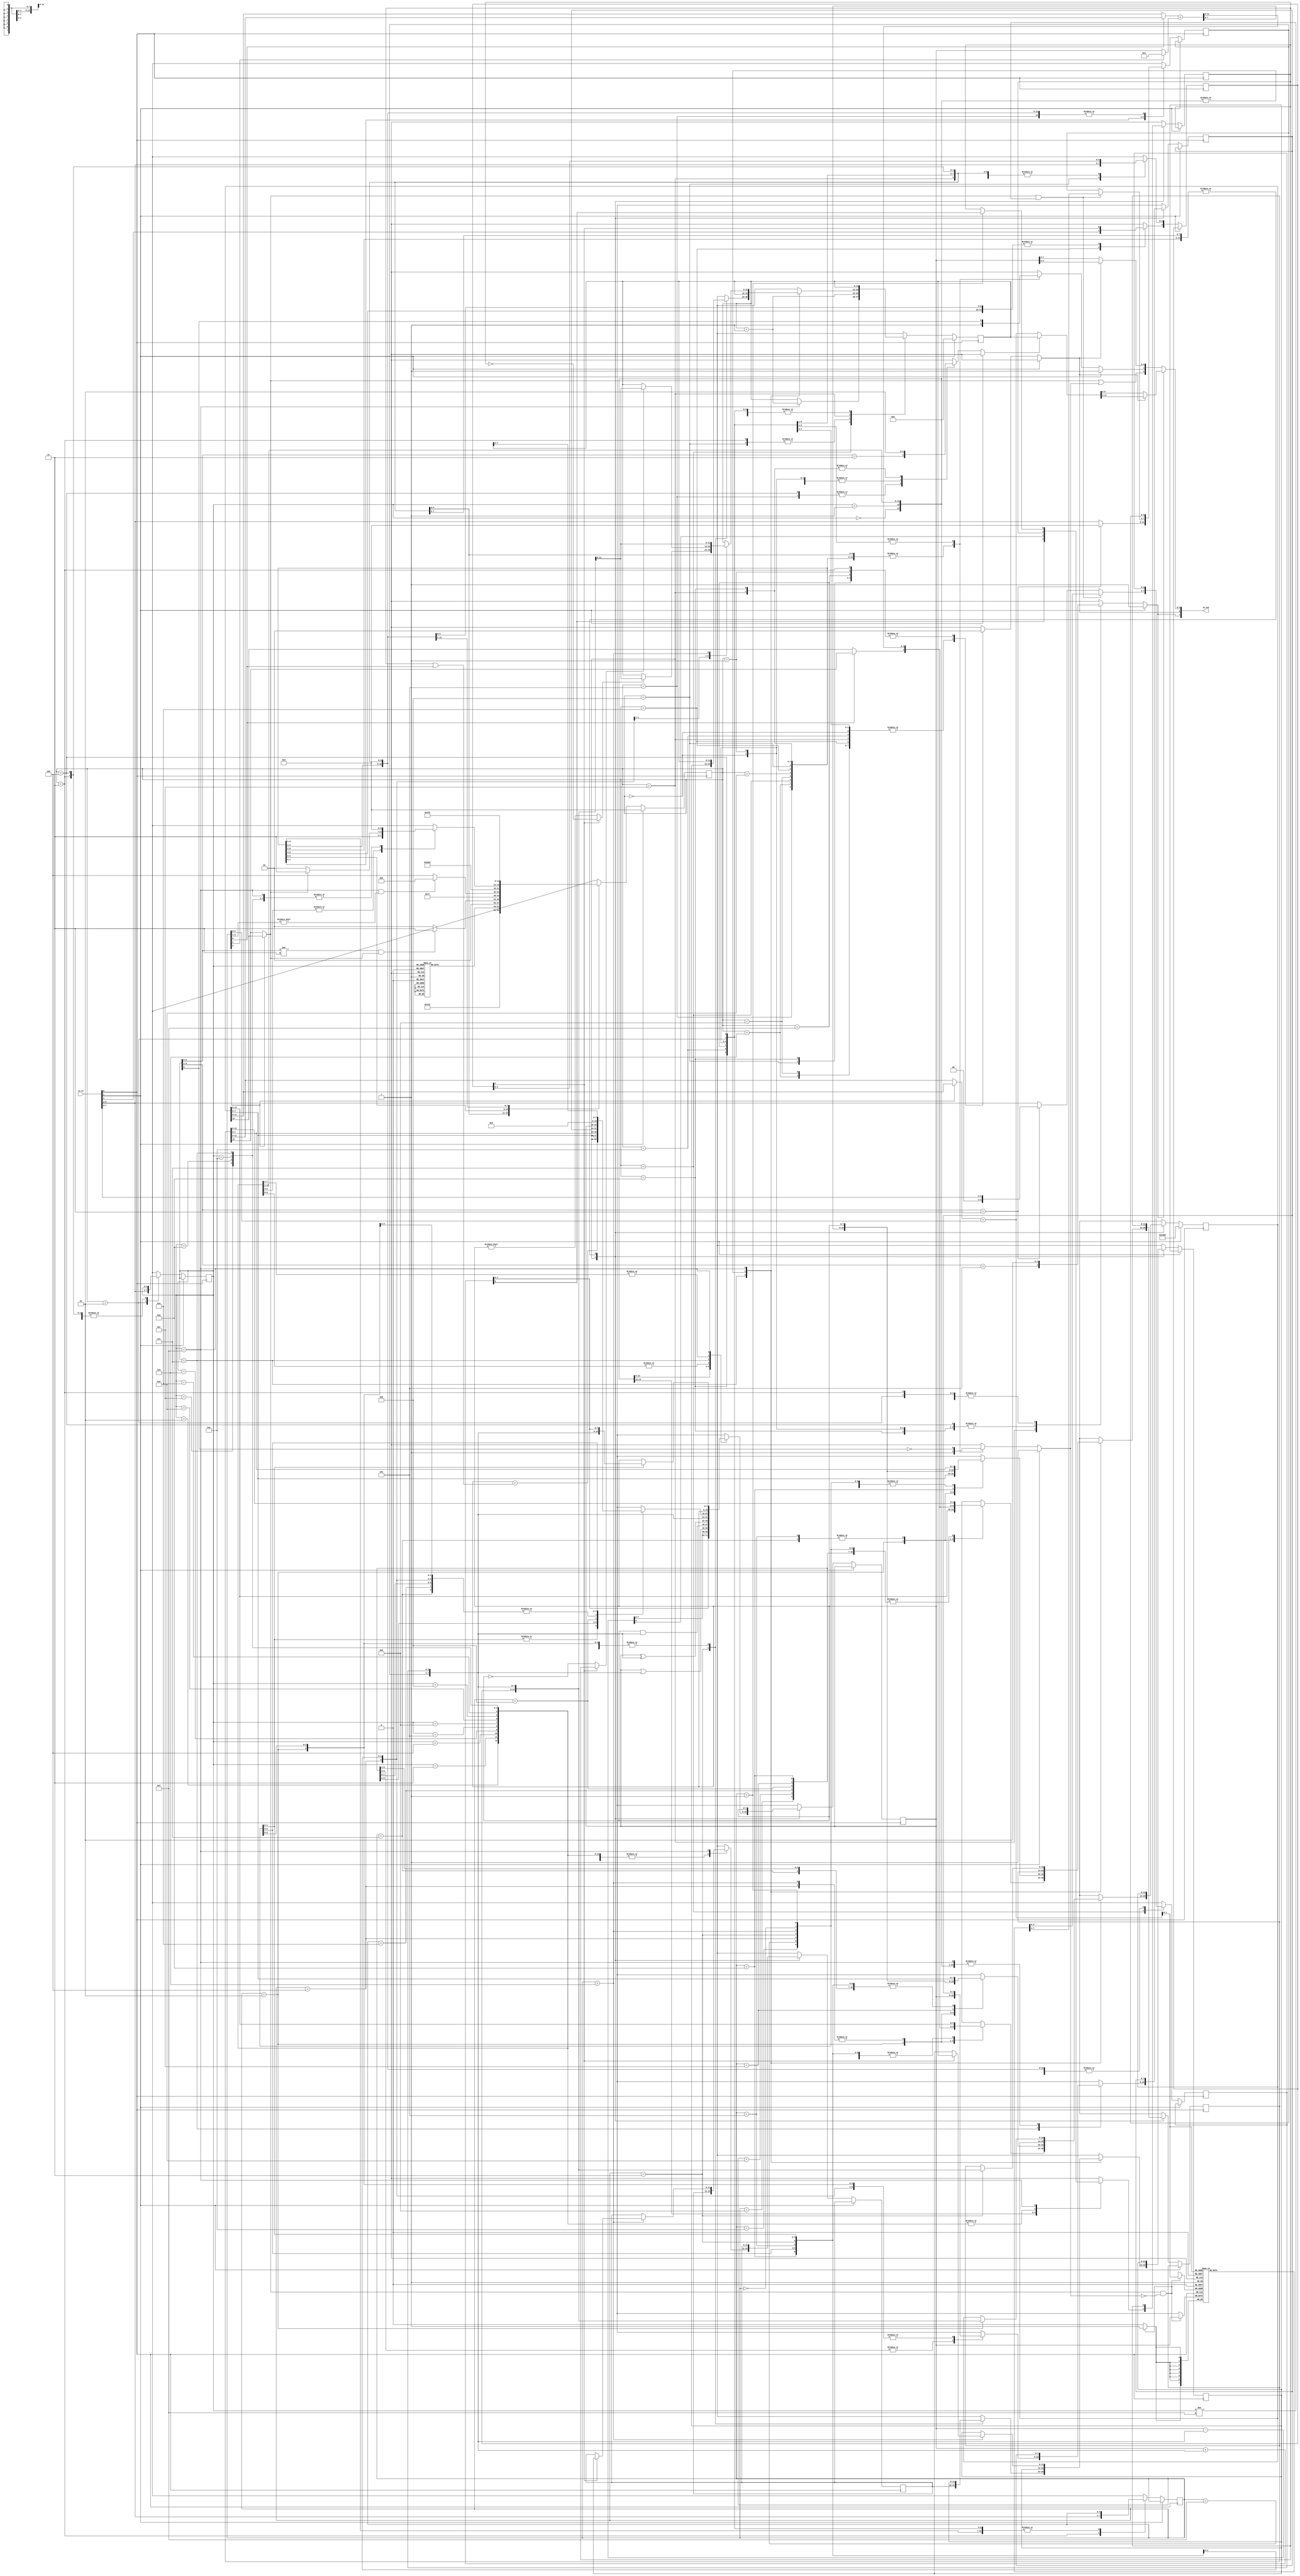
module moonbase_cpu_8bit #(parameter MAX_COUNT=1000) (input [7:0] io_in, output [7:0] io_out);
   
	//
	//	External interface
	//
	//	external address latch
	//		the external 12 bit address latch is loaded [5:0] from io_out[5:0] when io_out[7:6] is 10
	//		the external 12 bit address latch is loaded [11:6] from io_out[5:0] when io_out[7:6] is 11
	//	external SRAM (eg MWS5101AEL3) when io_out[7] is 0
	//	    which nibble is from io_out[6]
	//		the external RAM always produces what is at the latch's addresses on io_in[5:2] when 
	//		the external SRAM is written when io_out[7] is 0 and io_out[5] is 0
	//		io_out[6] can be used as an extra address bit to split the address space between
	//			code (1) and data (0) to use a 256-nibble sram (woot!)
	//  external devices when io_out[7] is 0:
	//	    which nibble is from io_out[6]
	//		external devices can be read from io_in[7:6] (at address pointed to by the address latch)
	//		external devices can be written from io_out[3:0] (at address pointed to by the address latch)
	//			when io_out[4] is 0
	//
	//	SRAM address space (data accesses):
	//		0-0xfff	   external
	//		0x1000-131 internal	(internal ram cells, for filling up the die :-)
	//

	localparam N_LOCAL_RAM = 4;
     
    wire clk			= io_in[0];
    wire reset			= io_in[1];
    wire [3:0]ram_in	= io_in[5:2];
    wire [1:0]data_in	= io_in[7:6];
    
    reg       strobe_out;	// address strobe		- designed to be wired to a 7 bit latch and a MWS5101AEL3
	reg		  nibble;	    // address/data nibble
    reg       write_data_n;	// write enable for data
    reg       write_ram_n;	// write enable for ram
    reg	      addr_pc;
	wire [11:0]data_addr = ((r_v[3]?r_y[11:0]:r_x[11:0])+{8'b000, r_v[2:0]});
	wire	  is_local_ram = (r_v[3]?r_y[12]:r_x[12]);
	wire	  write_local_ram = is_local_ram & !write_ram_n;
	wire	  write_ext_ram_n = is_local_ram | write_ram_n;
	wire [$clog2(N_LOCAL_RAM)-1:0]local_ram_addr = data_addr[$clog2(N_LOCAL_RAM)-1:0];
    wire [11:0]addr_out = addr_pc ? r_pc : data_addr;							// address out mux (PC or X/Y+off)
    wire [5:0]addr_out_mux = (nibble?addr_out[11:6]:addr_out[5:0]);			// mux-d by portion
    assign    io_out   = {strobe_out, nibble, strobe_out? addr_out_mux : {write_ext_ram_n, write_data_n, !nibble?r_a[7:4]:r_a[3:0]}};  // mux address and data out

    reg  [11:0]r_pc, c_pc;	// program counter	// actual flops in the system 
    reg  [12:0]r_x,  c_x;	// x index register	// by convention r_* is a flop, c_* is the combinatorial that feeds it
    reg  [12:0]r_y,  c_y;	// y index register
    reg  [7:0]r_a,  c_a;	// accumulator
    reg  [7:0]r_b,  c_b;	// temp accumulator
    reg       r_c,  c_c;	// carry flag
    reg  [3:0]r_h,  c_h;	// operand temp (high)
    reg  [3:0]r_l,  c_l;	// operand temp (low)
	reg  [4:0]r_ee, c_ee;	// extended const (bits 12:4)
    reg  [3:0]r_v,  c_v;	// operand temp (low)
	reg  [11:0]r_s0, c_s0;	// call stack
	reg  [11:0]r_s1, c_s1;

    //
    //	phase:
    //		0 - instruction fetch addr
    //		1 - instruction fetch dataL		ins
    //		2 - instruction fetch dataH		V
    //		4 - data/const fetch addr		
    //		5 - data/const fetch dataL		tmp
    //		6 - data/const fetch dataH		tmp2
    //		8 - execute/data store addr
    //		9 - data store dataL (might not do this)
    //		a - data store dataH (might not do this)
    //
    reg [3:0]r_phase, c_phase;	// CPU internal state machine

    // instructions
	//
	//	Registers:  a,b 8 bit, x,y 13 bits, pc 12 bits
    //
    //  0v:		add a, v(x/y)	- sets C
    //  1v: 	sub a, v(x/y)	- sets C
    //  2v:		or  a, v(x/y)
    //  3v:		and a, v(x/y)
    //  4v:		xor a, v(x/y)
    //  5v:		mov a, v(x/y)
    //  6v:		movd a, v(x/y)
    //	70:		add a, c
    //	71:		inc a
    //  72:		swap x, y
    //	73:		ret
	//  74:		add y, a
    //	75:		add x, a
	//  76:		inc y
	//  77:		inc x
	//	78:		mov a, y
	//	79:		mov a, x
	//	7a:		mov b, a
	//	7b:		swap b, a
	//	7c:		mov y, a
	//	7d:		mov x, a
	//	7e:		clr a
	//	7f:		mov a, pc
	//	8v:		nop
	//	9v:		nop
    //  av:		movd v(x/y), a
    //  bv:		mov  v(x/y), a
	//	cv:		nop
	//	dv:		nop
	//	ev:		nop
    //	f0 HL:	mov a, #HL
    //  f1 HL:	add a, #HL
    //  f2 HL:	mov y, #EELL
    //  f3 HL:	mov x, #EEHL
    //  f4 HL:	jne a/c, EEHL	if EE[4] then test c otherwise test a
    //  f5 HL:	jeq a/c, EEHL	if EE[4] then test c otherwise test a
    //  f6 HL:	jmp/call EEHL   if EE[4] call else jmp
	//	f7 HL:	nop
    //
    //  Memory access - addresses are 7 bits - v(X/y) is a 3-bit offset v[2:0]
    //  	if  v[3] it's Y+v[2:0]
    //  	if !v[3] it's X+v[2:0]
    //
    //	The general idea is that X normally points to a bank of in sram 8 'registers',
    //		a bit like an 8051's r0-7, while X is a more general index register
	//		(but you can use both if you need to do	some copying)
    //		

    reg  [3:0]r_ins, c_ins;	// fetched instruction

	wire [8:0]c_add = {1'b0, r_a}+{1'b0, r_h, r_l};	// ALUs
	wire [8:0]c_sub = {1'b0, r_a}-{1'b0, r_h, r_l};
	wire [12:0]c_i_add = {r_v[0]?r_x[12]:r_y[12], (r_v[0]?r_x[11:0]:r_y[11:0])+(r_v[1]?12'b1:{4'b0,r_a})};
	wire [11:0]c_pc_inc = r_pc+1;
	wire [7:0]c_a_inc = r_a + {7'b0, r_c|r_v[0]};
	
	reg	 [7:0]r_local_ram[0:N_LOCAL_RAM-1];

	wire [7:0]local_ram = r_local_ram[local_ram_addr];
	always @(posedge clk)
	if (write_local_ram)
		r_local_ram[local_ram_addr] <= r_a;

    always @(*) begin
		c_ins  = r_ins;	
		c_x    = r_x;
		c_y    = r_y;
		c_a    = r_a;
		c_b    = r_b;
		c_s0   = r_s0;
		c_s1   = r_s1;
		c_l    = r_l;
		c_h	   = r_h;
		c_ee   = r_ee;
		c_pc   = r_pc;
		c_c    = r_c;
		c_v    = r_v;
		write_data_n = 1;
		write_ram_n = 1;
		addr_pc = 'bx;
		nibble = 'bx;
    	if (reset) begin	// reset clears the state machine and sets PC to 0
			c_y = 13'h1000;	// point at internal sram
			c_pc = 0;
			c_phase = 0;
			strobe_out = 1;
    	end else 
    	case (r_phase) // synthesis full_case parallel_case
    	0:	begin					// 0: address latch instruction PC
				strobe_out = 1;
				addr_pc = 1;
				nibble = 0;
				c_phase = 1;
			end
    	1:	begin					// 0: address latch instruction PC
				strobe_out = 1;
				addr_pc = 1;
				nibble = 1;
				c_phase = 2;
			end
    	2:	begin					// 1: read data in r_ins
				strobe_out = 0;
				c_ins = ram_in;
				nibble = 0;
				c_phase = 3;
			end
    	3:	begin					// 3: read data in r_v
				strobe_out = 0;
				c_v = ram_in;
				nibble = 1;
				c_pc = c_pc_inc;
				case (r_ins) // synthesis full_case parallel_case
				7, 8, 9, 10, 11, 12, 13, 14: c_phase = 12;// some instructions don't have a 2nd fetch
				default:	     c_phase = 4;
				endcase
			end
		4:	begin						// 4 address latch for next operand  
				strobe_out = 1;
				addr_pc = r_ins[3:2] == 3;	// some instructions read a 2nd operand, the rest the come here read a memory location
				nibble = 0;
				c_phase = r_ins[3:2] != 3 && is_local_ram ? 7 : 5;
			end
		5:	begin						// 4 address latch for next operand  
				strobe_out = 1;
				addr_pc = r_ins[3:2] == 3;	// some instructions read a 2nd operand, the rest the come here read a memory location
				nibble = 1;
				c_phase = 6;
			end
		6:	begin						// 5 read next operand	r_hi
				strobe_out = 0;
				nibble = 0;
				c_h = ((r_ins[3:1] == 3)? 4'b0 : ram_in);
				c_phase = 7;
			end
		7:	begin						// 5 read next operand	r_lo
				strobe_out = 0;
				nibble = 1;
				if (is_local_ram&&r_ins != 4'hf) begin
					c_h = local_ram[7:4];
					c_l = local_ram[3:0];
				end else begin
					c_l = ((r_ins[3:1] == 3)?{2'b0,data_in}:ram_in);	// read the actial data, movd comes from upper bits
				end
				if (r_ins == 4'hf)		// if we fetched from PC increment it
					c_pc = c_pc_inc;
				c_phase = (r_ins == 4'hf && r_v[3:1] != 0) ? 8: 12;
			end
		8:	begin						// 4 address latch for next operand  
				strobe_out = 1;
				addr_pc = 1;
				nibble = 0;
				c_phase = 9;
			end
		9:	begin						// 4 address latch for next operand  
				strobe_out = 1;
				addr_pc = 1;
				nibble = 1;
				c_phase = 10;
			end
		10:	begin						// 5 read next operand	r_hi
				strobe_out = 0;
				nibble = 0;
				c_ee[4] = ram_in[0];
				c_phase = 11;
			end
		11:	begin						// 5 read next operand	r_lo
				strobe_out = 0;
				nibble = 1;
				c_ee[3:0] = ram_in;
				c_pc = c_pc_inc;
				c_phase = 12;
			end
		12:	begin						// 6 execute stage 
				strobe_out = r_ins[3:1] == 5;	// if writing to anything latch address
				addr_pc = 0;
				c_phase = 0;					// if not writing go back
				nibble = 0;
				case (r_ins)// synthesis full_case parallel_case
				0:	begin c_c = c_add[8]; c_a = c_add[7:0]; end	// add  a, v(x)
				1:	begin c_c = c_sub[8]; c_a = c_sub[7:0]; end	// sub  a, v(x)
				2:	c_a = r_a|{r_h, r_l};						// or   a, v(x)
				3:	c_a = r_a&{r_h, r_l};						// sub  a, v(x)
				4:	c_a = r_a^{r_h, r_l};						// xor  a, v(x)
				5,												// mov  a, v(x)
				6:	c_a = {r_h, r_l};							// movd a, v(x)
				7:	case (r_v) // synthesis full_case parallel_case
					0: c_a = c_a_inc;							// 0	add   a, c
    				1: c_a = c_a_inc;							// 1    inc   a
    				2: begin c_x = r_y; c_y = r_x; end			// 2    swap  y, x
    				3: begin									// 3    ret
							c_pc = r_s0;
							c_s0 = r_s1;
					   end
					4: c_y = c_i_add;							// 4    add   y, a
					5: c_x = c_i_add;							// 5    add   x, a
					6: c_y = c_i_add;							// 6    add   y, #1
					7: c_x = c_i_add;							// 7    add   y, #1
					8:	c_a = r_y[7:0];							// 8	mov a, y
					9:	c_a = r_x[7:0];							// 9	mov a, x
					10:	c_b = r_a;								// a	mov b, a
					11:	begin c_b = r_a; c_a = r_b; end			// b	swap b, a
					12:	c_y[7:0] = r_a;							// c	mov y, a
					13:	c_x[7:0] = r_a;							// d 	mov x, a
					14:	c_a = 0;								// e	clr a
					15:	c_a = r_pc;								// f	mov a, pc
					default: ;
					endcase
				8:   ;  // noop
				9:   ;  // noop
				10,												// movd v(x), a
				11:	c_phase = is_local_ram ? 15:13;				// mov  v(x), a
				12:  ;  // noop
				13:  ;  // noop
				14:  ;  // noop

				15: case (r_v) // synthesis full_case parallel_case
					0:	c_a  = {r_h, r_l};								// mov  a, #HL
					1:	begin c_c = c_add[8]; c_a = c_add[7:0]; end		// add  a, #HL
					2:	c_y  = {r_ee, r_h, r_l};						// mov  y, #VV
					3:	c_x  = {r_ee, r_h, r_l};						// mov  x, #VV
					4:	c_pc = (r_ee[4]?!r_c : r_a != 0) ? {r_ee[3:0], r_h, r_l} : r_pc; // jne	a/c, VV
					5:	c_pc = (r_ee[4]? r_c : r_a == 0) ? {r_ee[3:0], r_h, r_l} : r_pc; // jeq        a/c, VV
					6:	begin c_pc = {r_ee[3:0], r_h, r_l};				// jmp  VV
							if (r_ee[4]) begin	// call
								c_s0 = r_pc;
								c_s1 = r_s0;
							end
						 end
					default: ;
					endcase
				endcase
			end
		13:	begin
				strobe_out = 1;
				addr_pc = 0;
				nibble = 1;
				c_phase = 14;
			end
		14:	begin						// 7 write data stage - assert appropriate write strobe
				strobe_out = 0;
				write_data_n =  r_ins[0];
				write_ram_n  = ~r_ins[0];
				nibble = 0;
				c_phase = 15;
			end
		15:	begin						// 7 write data stage - assert appropriate write strobe
				strobe_out = 0;
				nibble = 1;
				write_data_n =  r_ins[0];
				write_ram_n  = ~r_ins[0];
				c_phase = 0;
			end
    	endcase
    end

    always @(posedge clk) begin
		r_a     <= c_a;
		r_b     <= c_b;
		r_c     <= c_c;
		r_x     <= c_x;
		r_y     <= c_y;
		r_ins   <= c_ins;
		r_v		<= c_v;
		r_l		<= c_l;
		r_h		<= c_h;
		r_ee	<= c_ee;
		r_pc    <= c_pc;
		r_phase <= c_phase;
		r_s0    <= c_s0;
		r_s1    <= c_s1;
    end

endmodule